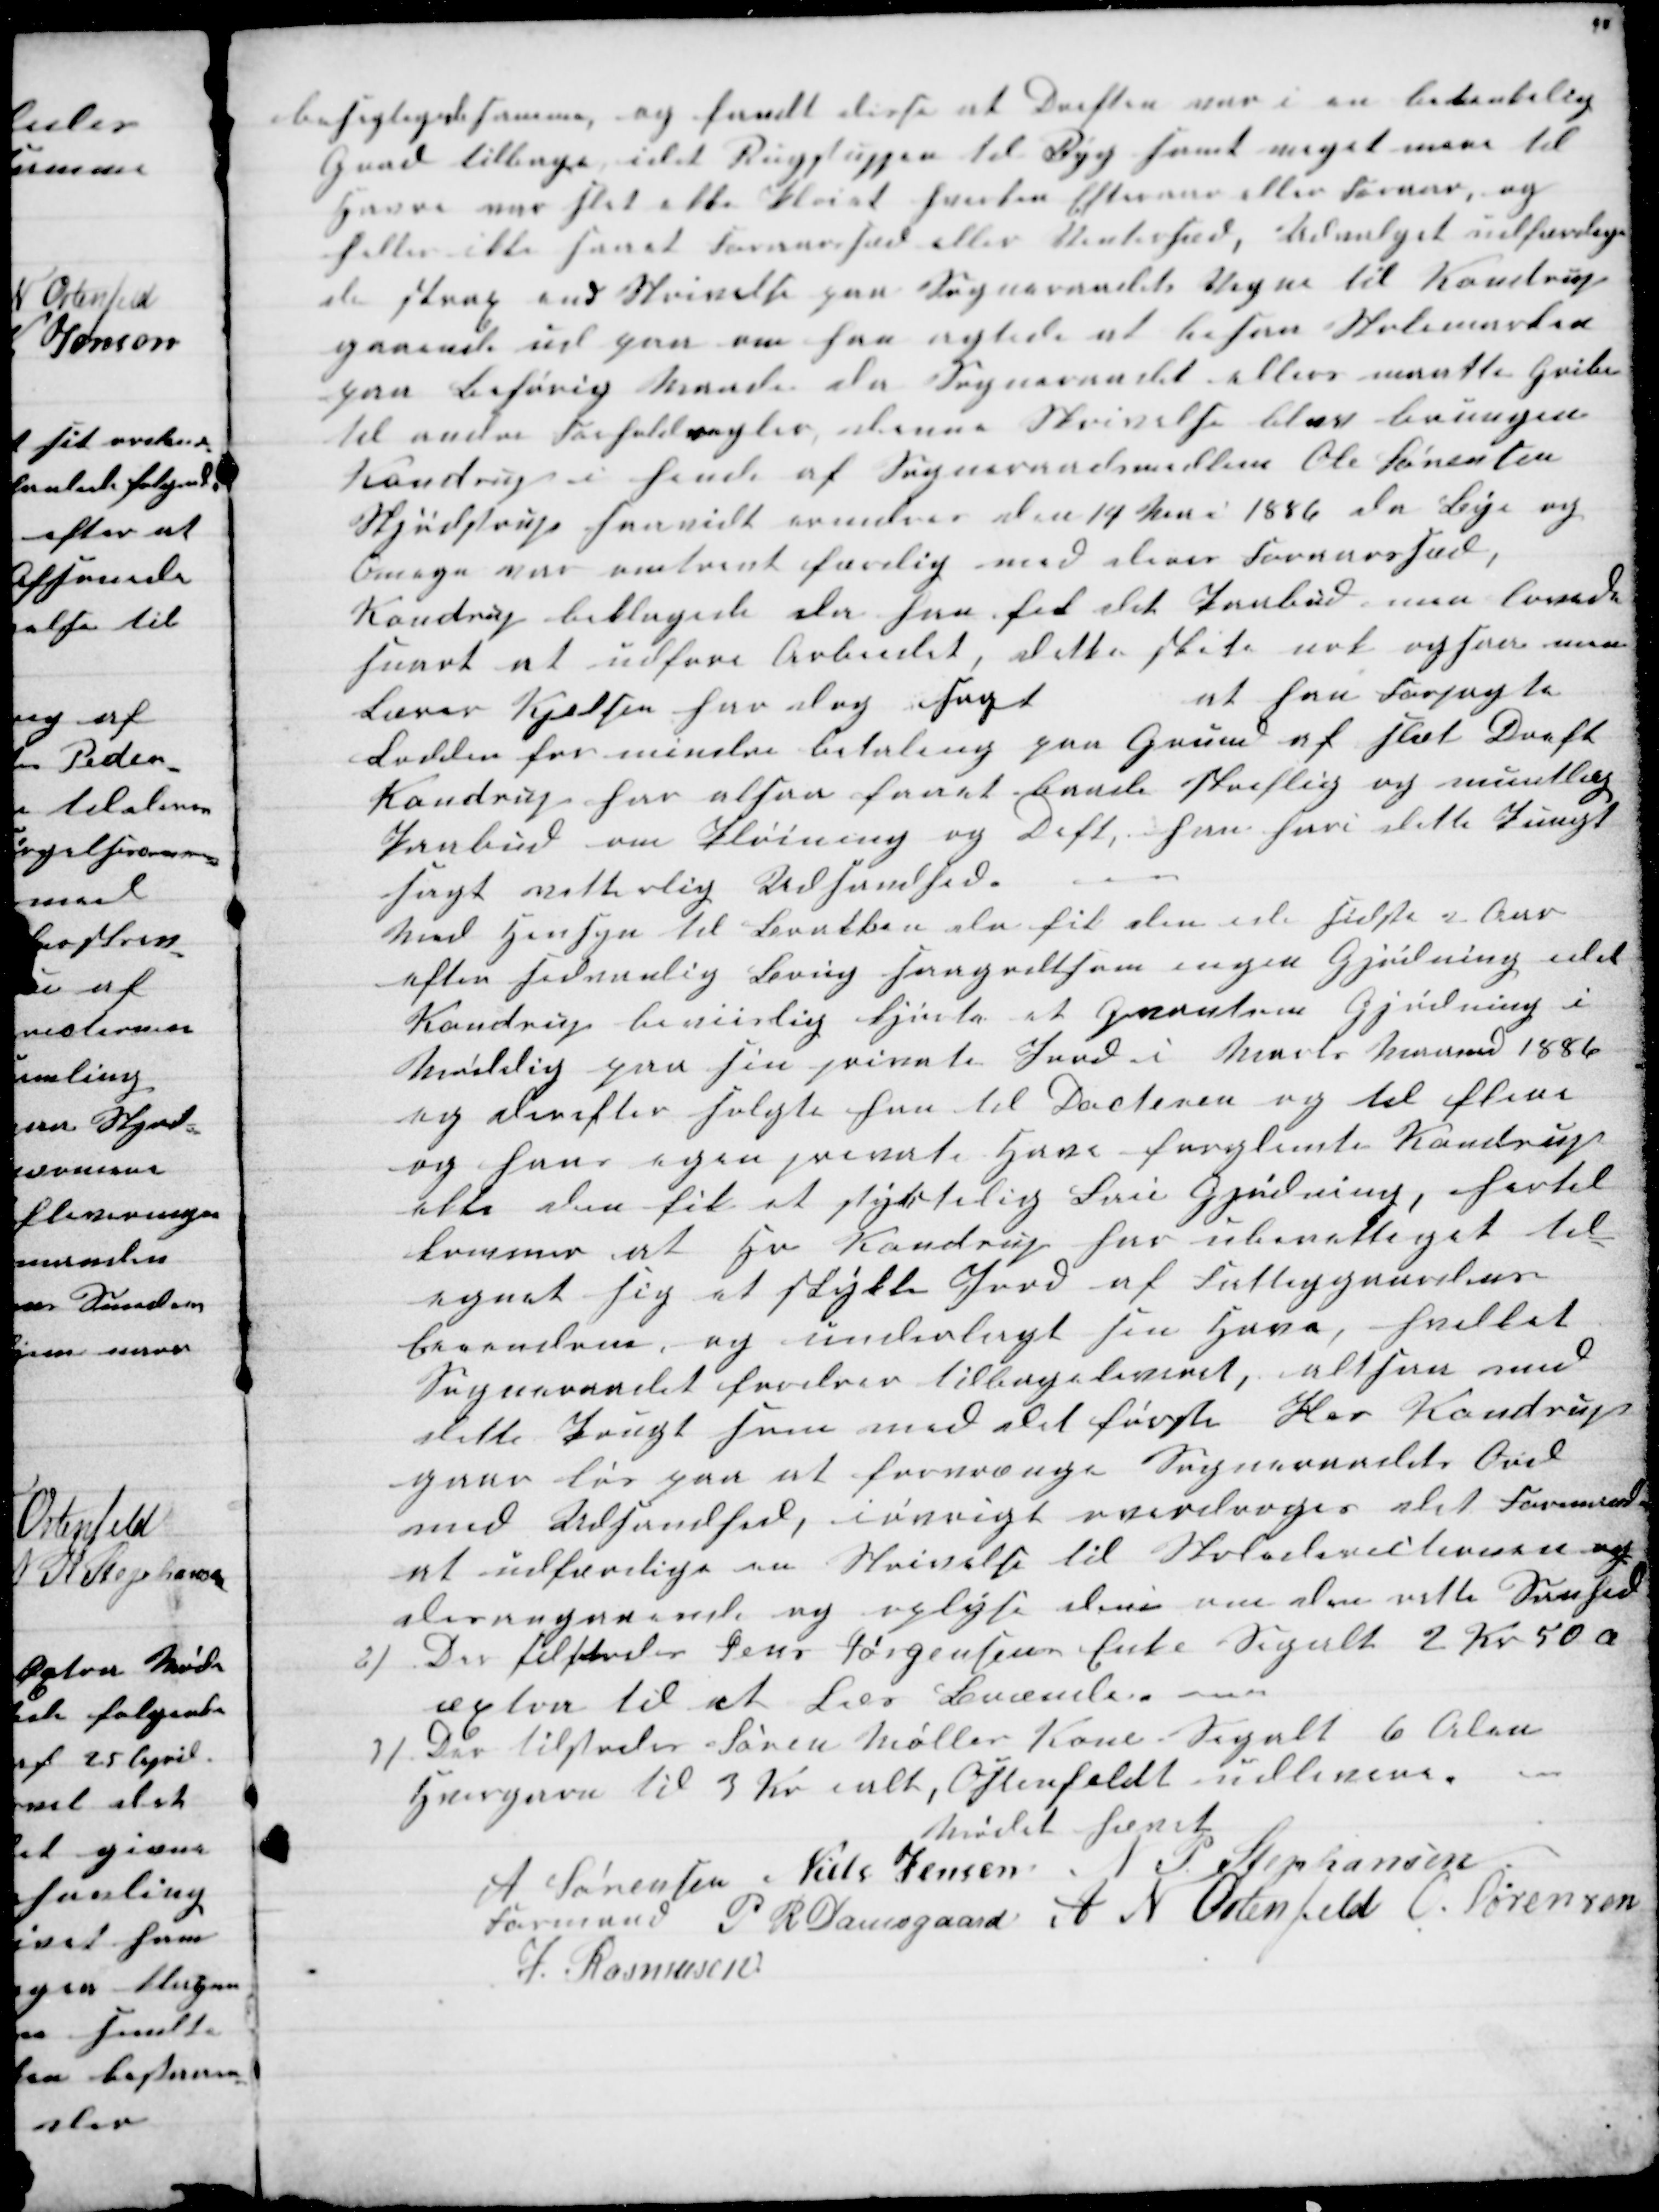
Transskription:
besigtigede samme, og fandt disse at Driften var i en betænkelig
Grad tilbage, idet Rugstuppen til Byg samt meget mere til
Havre var slet ikke Pløiet hverken Efteraar eller Foraar, og
heller ikke saaet Foraarssæd eller Vintersæd, Udvalget udfærdige-
de strax end Skrivelse paa Sogneraadets Vegne til Kondrup
gaaende ud paa om han agtede at besaa Skolemarken
paa Behørig Maade da Sogneraadet ellers maatte Gribe
til andre Forholdsregler, denne Skrivelse blev brungen
Kondrup i hende af Sogneraadsmedlem Ole Sørensen
Skjødstrup saavidt erindres den 14 Mai i 1886, da Bye og
Omegn var omtrent færdig med deres Foraarssæd,
Kondrup beklagede da han fik det Paabud, men lovede
snart at udføre Arbeidet, dette skete nok ogsaa men
Lærer Kjelsen har dog sagt
at han Forpagte
Lodden for mindre betaling paa Grund af slet Dræft
Kondrup har alsaa faaet baade skriftlig og mundlæg
Paabud om Pløining og Dift, han heri dette Pungt
sagt vitterlig Udsandhed.
Med Hensyn til Brakken da fik den ide sidste 2 Aar
efter sedvanlig Brug saagodtsom ingen Gjødning idet
Kondrup beviislig kjørte et Qvantum Gjødning i
Møddig paa sin private Jord i Marts Maaned 1886
og derefter solgte han til Docteren og til flere
og hans egen private Have forglemte Kondrup
ikke den fik et stykkelig Læs Gjødning, hertil
kommer at Hr Kondrup har uberettiget til-
egnet sig et stykke Jord af Fattiggaardens
Eiendom, og underlagt sin Have, hvilket
Sogneraadet fordrer tilbageleveret, altsaa med
dette Prugt som med det første Her Kondrup
gaar løs paa at forvrænge Sogneraadets Ord
med Udsandhed, iøvrigt overdroges det Formanden
at udfærdlige en Skrivelse til Skoledirectionen og
desangaaende og oplyste den om den rette Sanhed
2) Der tilstodes Jens Jørgensens Enke Segalt 2 Kr 50 Ø
æxtra til et Læs Brænde
3) Der tilstodes Søren Mølles Kone Segalt 6 Alen
Hørgarn til 3 Kr ialt, Osfenfeldt udleverer
Mødet hævet
A Sørensen 
Formand 
Niels Jensen N P Stephansen
P R Damsgaard A N Ostenfeld O. Sørensen
J. Rasmusen